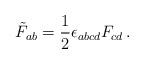
LaTeX: \begin{align*}\tilde{F}_{ab} = \frac{1}{2} \epsilon_{abcd} F_{cd} \, .\end{align*}